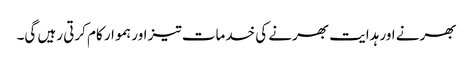
بھرنے اور ہدایت بھرنے کی خدمات تیز اور ہموار کام کرتی رہیں گی۔